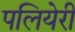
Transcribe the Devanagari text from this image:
पलियेरी